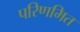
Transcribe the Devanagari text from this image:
परिणमित